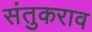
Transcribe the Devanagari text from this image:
संतुकराव